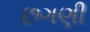
છગણી